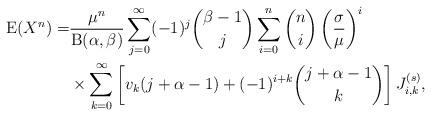
LaTeX: \begin{align*}\mathrm{E}(X^n)=&\frac{\mu^n}{\mathrm{B}(\alpha,\beta)}\sum_{j=0}^{\infty}(-1)^j\binom{\beta-1}{j}\sum_{i=0}^n\binom{n}{i}\left(\frac{\sigma}{\mu}\right)^i\\&\times\sum_{k=0}^\infty\left[v_k(j+\alpha-1)+(-1)^{i+k}\binom{j+\alpha-1}{k}\right]J_{i,k}^{(s)},\end{align*}